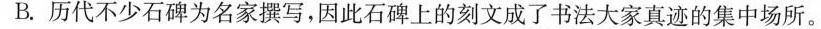
B.历代不少石碑为名家撰写，因此石碑上的刻文成了书法大家真迹的集中场所。